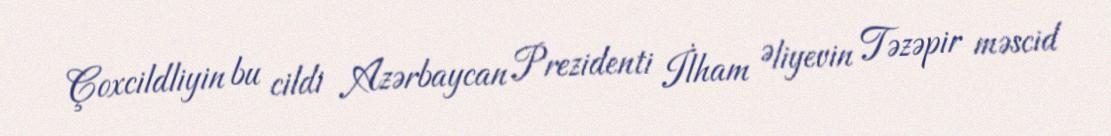
Çoxcildliyin bu cildi Azərbaycan Prezidenti İlham Əliyevin Təzəpir məscid